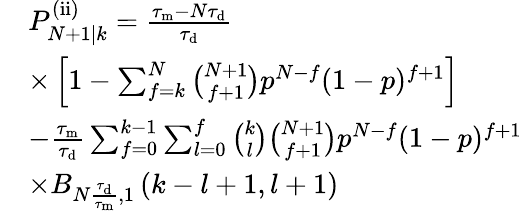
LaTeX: \begin{array}{rl}&{P_{N+1|k}^{\mathrm{(ii)}}=\frac{\tau_{\mathrm{m}}-N\tau_{\mathrm{d}}}{\tau_{\mathrm{d}}}}\\ &{\times\left[1-\sum_{f=k}^{N}\binom{N+1}{f+1}p^{N-f}(1-p)^{f+1}\right]}\\ &{-\frac{\tau_{\mathrm{m}}}{\tau_{\mathrm{d}}}\sum_{f=0}^{k-1}\sum_{l=0}^{f}\binom{k}{l}\binom{N+1}{f+1}p^{N-f}(1-p)^{f+1}}\\ &{\times B_{N\frac{\tau_{\mathrm{d}}}{\tau_{\mathrm{m}}},1}\left(k-l+1,l+1\right)}\end{array}